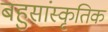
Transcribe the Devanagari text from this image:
बहुसांस्‍कृतिक